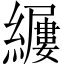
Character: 𫄎